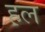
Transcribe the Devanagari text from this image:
ह़ल